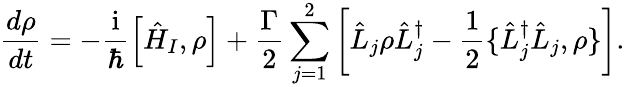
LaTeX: \frac{d\rho}{dt}=-\frac{\mathrm{i}}{\hbar}\left[\hat{H}_{I},\rho\right]+\frac{\Gamma}{2}\sum_{j=1}^{2}\left[\hat{L}_{j}\rho\hat{L}_{j}^{\dagger}-\frac{1}{2}\{ \hat{L}_{j}^{\dagger}\hat{L}_{j},\rho\} \right].